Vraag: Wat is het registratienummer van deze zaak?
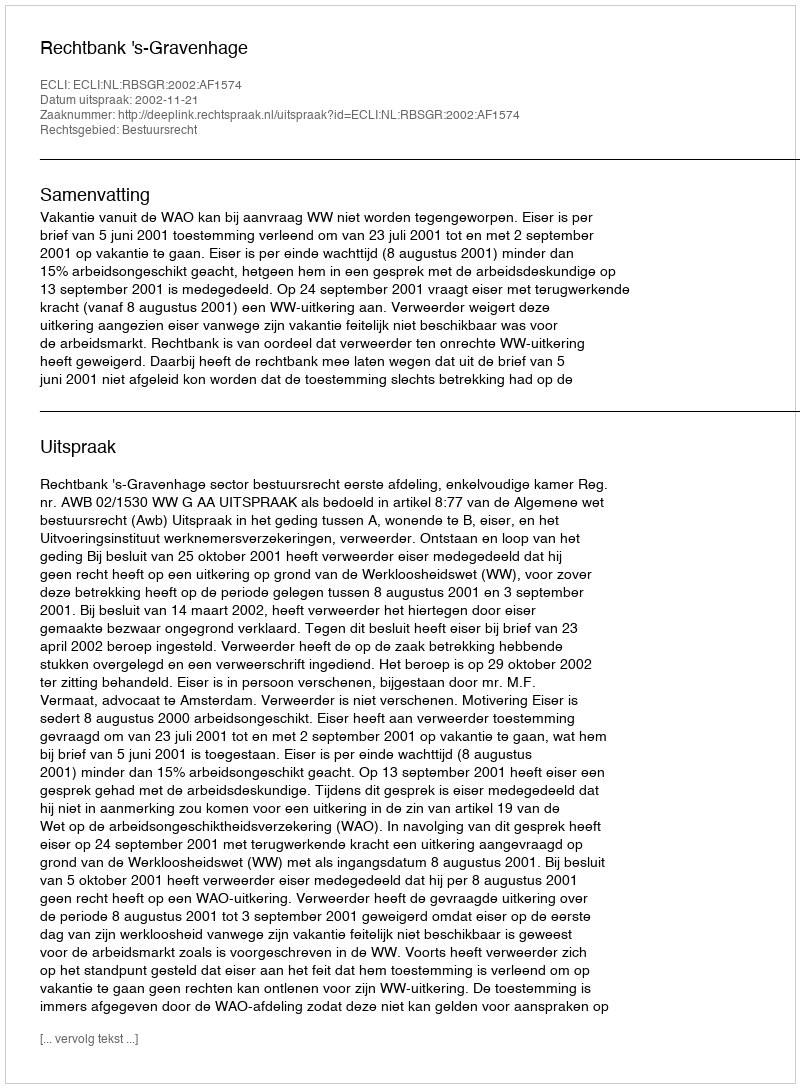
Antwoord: http://deeplink.rechtspraak.nl/uitspraak?id=ECLI:NL:RBSGR:2002:AF1574